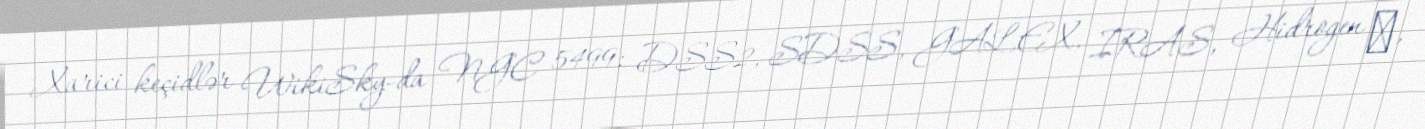
Xarici keçidlər WikiSky-da NGC 5499: DSS2, SDSS, GALEX, IRAS, Hidrogen α,